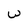
Character: W